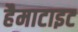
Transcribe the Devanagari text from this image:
हैमाटाइट